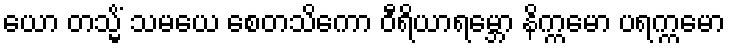
ယော တသ္မိံ သမယေ စေတသိကော ဝီရိယာရမ္ဘော နိက္ကမော ပရက္ကမော